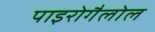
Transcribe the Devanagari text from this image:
पाइरोगैलोल